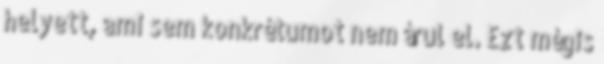
helyett, ami sem konkrétumot nem árul el. Ezt mégis